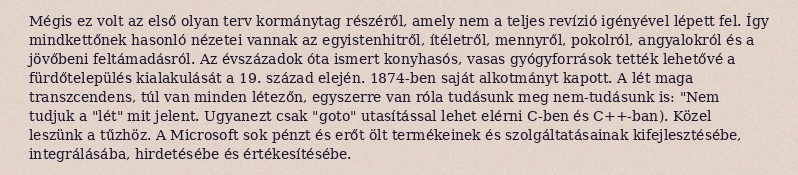
Mégis ez volt az első olyan terv kormánytag részéről, amely nem a teljes revízió igényével lépett fel. Így mindkettőnek hasonló nézetei vannak az egyistenhitről, ítéletről, mennyről, pokolról, angyalokról és a jövőbeni feltámadásról. Az évszázadok óta ismert konyhasós, vasas gyógyforrások tették lehetővé a fürdőtelepülés kialakulását a 19. század elején. 1874-ben saját alkotmányt kapott. A lét maga transzcendens, túl van minden létezőn, egyszerre van róla tudásunk meg nem-tudásunk is: "Nem tudjuk a "lét" mit jelent. Ugyanezt csak "goto" utasítással lehet elérni C-ben és C++-ban). Közel leszünk a tűzhöz. A Microsoft sok pénzt és erőt ölt termékeinek és szolgáltatásainak kifejlesztésébe, integrálásába, hirdetésébe és értékesítésébe.